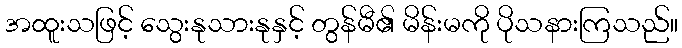
အထူးသဖြင့် သွေးနုသားနုနှင့် တွန်မီ၏ မိန်းမကို ပိုသနားကြသည်။